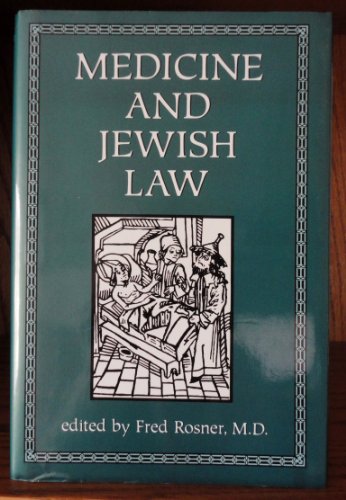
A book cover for Medicine and Jewish Law; Religion & Spirituality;